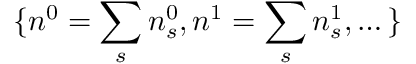
\{ n ^ { 0 } = \sum _ { s } n _ { s } ^ { 0 } , n ^ { 1 } = \sum _ { s } n _ { s } ^ { 1 } , \dots \}